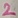
Text: 2